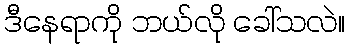
ဒီနေရာကို ဘယ်လို ခေါ်သလဲ။